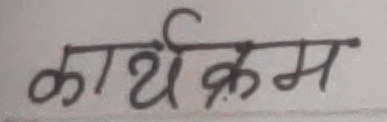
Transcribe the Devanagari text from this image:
कार्यक्रम